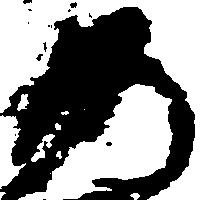
の